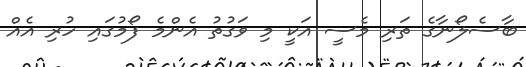
ބާސެލޯނާގެ ތަރި މެސީ އަކީ މި ވަގުތު އެންމެ ފޯމުގައި ހުރި އެއް